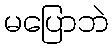
မပြောဘဲ